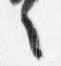
言